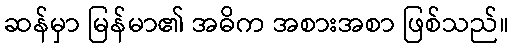
ဆန်မှာ မြန်မာ၏ အဓိက အစားအစာ ဖြစ်သည်။